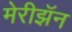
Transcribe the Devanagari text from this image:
मेरीझॅन